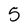
Character: 5